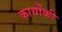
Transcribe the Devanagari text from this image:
कार्योंकी